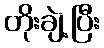
တိုးချဲ့ပြီး